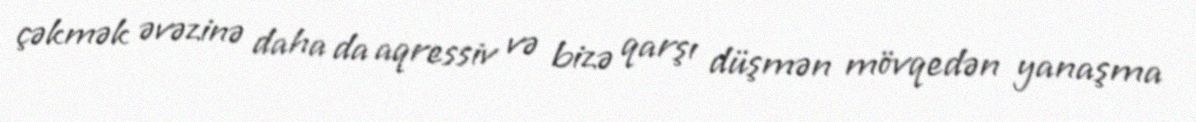
çəkmək əvəzinə daha da aqressiv və bizə qarşı düşmən mövqedən yanaşma